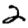
Digit: 2